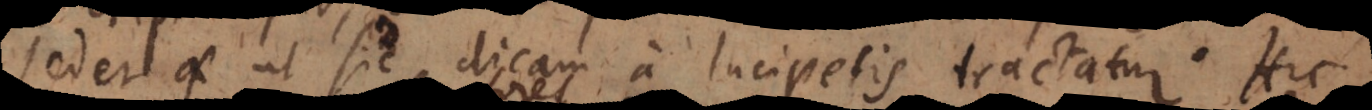
sed et ut sic dicam a lucipetis tractatur. Hic